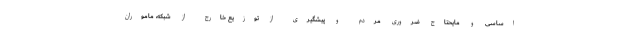
اساسی و مایحتاج ضروری مردم و پیشگیری از توزیع خارج از شبکه، ماموران